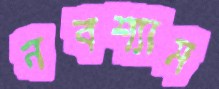
নবশ্যাম